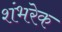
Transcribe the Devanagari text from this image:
शंभरेक